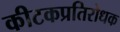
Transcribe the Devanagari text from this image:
कीटकप्रतिरोधक